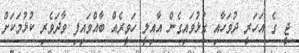
ޖީ ގެ އަހަރީ ދުވަހާއި ގުޅުވައިގެން އާއިލީ ހަވީރެއް ބާއްވައިފި ވާދަވެރި ކުޅުމަކަށް